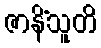
ဇာနိံသူတိ